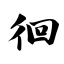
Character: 徊